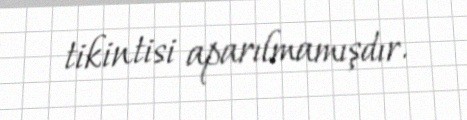
tikintisi aparılmamışdır.